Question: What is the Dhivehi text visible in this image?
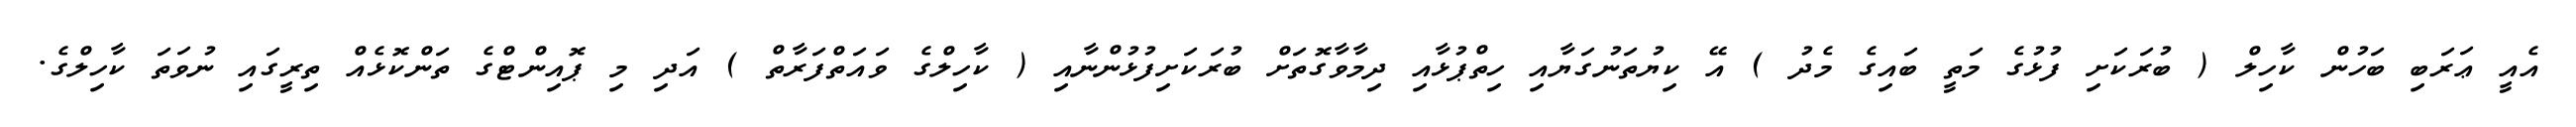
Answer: އެއީ ޢަރަބި ބަހުން ކާހިލް ( ބުރަކަށި ފުޅުގެ މަތީ ބައިގެ މެދު ) އޭ ކިޔުތަނުގަޔާއި ހިތްޕުޅާއި ދިމާވާގޮތަށް ބުރަކަށިފުޅުންނާއި ( ކާހިލްގެ ވައަތްފަރާތް ) އަދި މި ޕޮއިންޓްގެ ތަންކޮޅެއް ތިރީގައި ނުވަތަ ކާހިލްގެ.